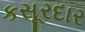
કસૂરદાર